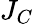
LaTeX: J_{C}